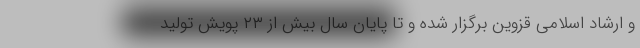
و ارشاد اسلامی قزوین برگزار شده و تا پایان سال بیش از ۲۳ پویش تولید